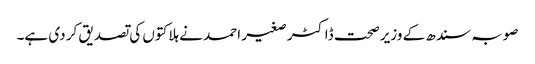
صوبہ سندھ کے وزیر صحت ڈاکٹر صغیر احمد نے ہلاکتوں کی تصدیق کر دی ہے۔